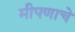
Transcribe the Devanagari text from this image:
मीपणाचे